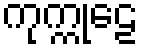
ကုက္ကုဠေ